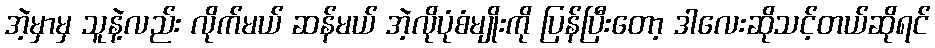
အဲ့မှာမှ သူနဲ့လည်း လိုက်မယ် ဆန်မယ် အဲ့လိုပုံစံမျိုးကို ပြန်ပြီးတော့ ဒါလေးဆိုသင့်တယ်ဆိုရင်